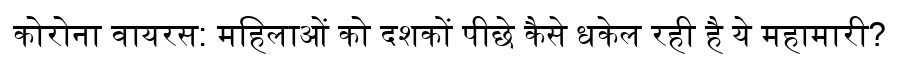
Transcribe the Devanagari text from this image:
कोरोना वायरस: महिलाओं को दशकों पीछे कैसे धकेल रही है ये महामारी?